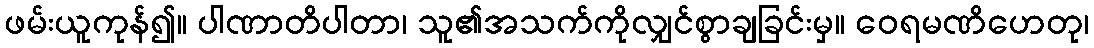
ဖမ်းယူကုန်၍။ ပါဏာတိပါတာ၊ သူ၏အသက်ကိုလျှင်စွာချခြင်းမှ။ ဝေရမဏိဟေတု၊